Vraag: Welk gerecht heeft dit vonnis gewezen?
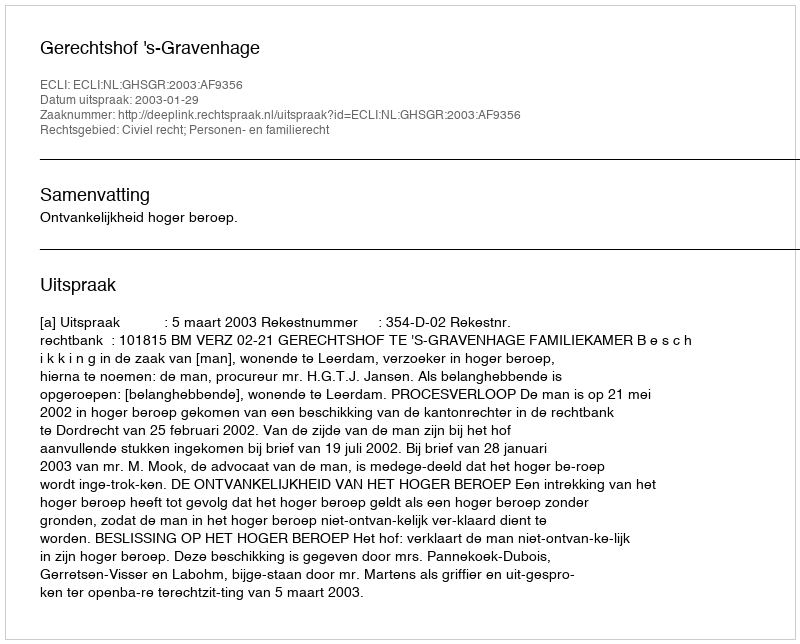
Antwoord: Gerechtshof 's-Gravenhage